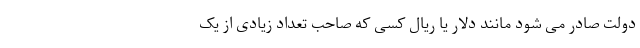
دولت صادر می شود مانند دلار یا ریال کسی که صاحب تعداد زیادی از یک